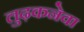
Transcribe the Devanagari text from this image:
लुढ़कनेवा